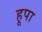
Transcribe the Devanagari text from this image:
हूपा